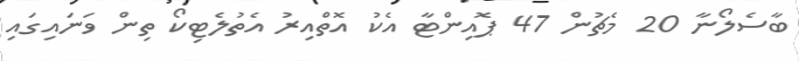
ބާސެލޯނާ 20 މެޗުން 47 ޕޮއިންޓާ އެކު އޮތްއިރު އެތުލެޓިކޯ ތިން ވަނައިގައި